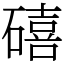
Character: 礂